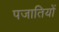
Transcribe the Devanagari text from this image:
पजातियों